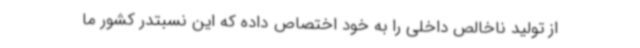
از تولید ناخالص داخلی را به خود اختصاص داده که این نسبتدر کشور ما